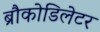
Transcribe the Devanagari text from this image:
ब्रौकोडिलेटर